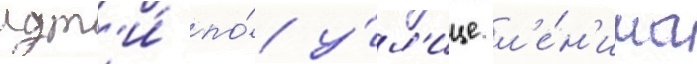
идт'и́ по́ у́л'ице л'е́н'ина